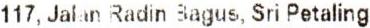
117, JALAN RADIN BAGUS, SRI PETALING